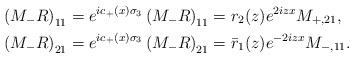
LaTeX: \begin{align*}&\left(M_{-} R\right)_{11}=e^{ic_+(x)\sigma_3}\left(M_{-} R\right)_{11}=r_2(z) e^{2 iz x} M_{+,21},\\&\left(M_- R\right)_{21}=e^{ic_+(x)\sigma_3}\left(M_{-} R\right)_{21}=\bar{r}_1(z) e^{-2iz x} M_{-,11}.\end{align*}